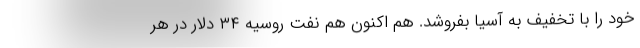
خود را با تخفیف به آسیا بفروشد. هم اکنون هم نفت روسیه ۳۴ دلار در هر